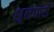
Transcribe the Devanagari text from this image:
शूलधारी